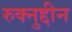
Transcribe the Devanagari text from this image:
रुक्नुद्दीन